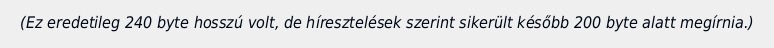
(Ez eredetileg 240 byte hosszú volt, de híresztelések szerint sikerült később 200 byte alatt megírnia.)